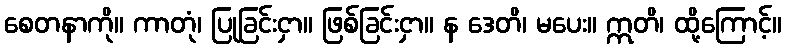
စေတနာကို။ ကာတုံ၊ ပြုခြင်းငှာ။ ဖြစ်ခြင်းငှာ။ န ဒေတိ၊ မပေး။ ဣတိ၊ ထို့ကြောင့်။